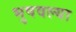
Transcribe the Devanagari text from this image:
भुषवल्या